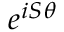
e ^ { i S \theta }